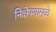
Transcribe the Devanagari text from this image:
निक्षेपणामुळे